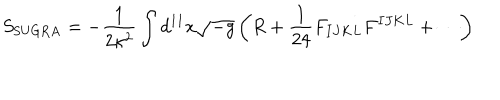
S _ { \mathrm { S U G R A } } = - { \frac { 1 } { 2 \kappa ^ { 2 } } } \int d ^ { 1 1 } x \sqrt { - g } \left( R + { \frac { 1 } { 2 4 } } F _ { I J K L } F ^ { I J K L } + \cdots \right)